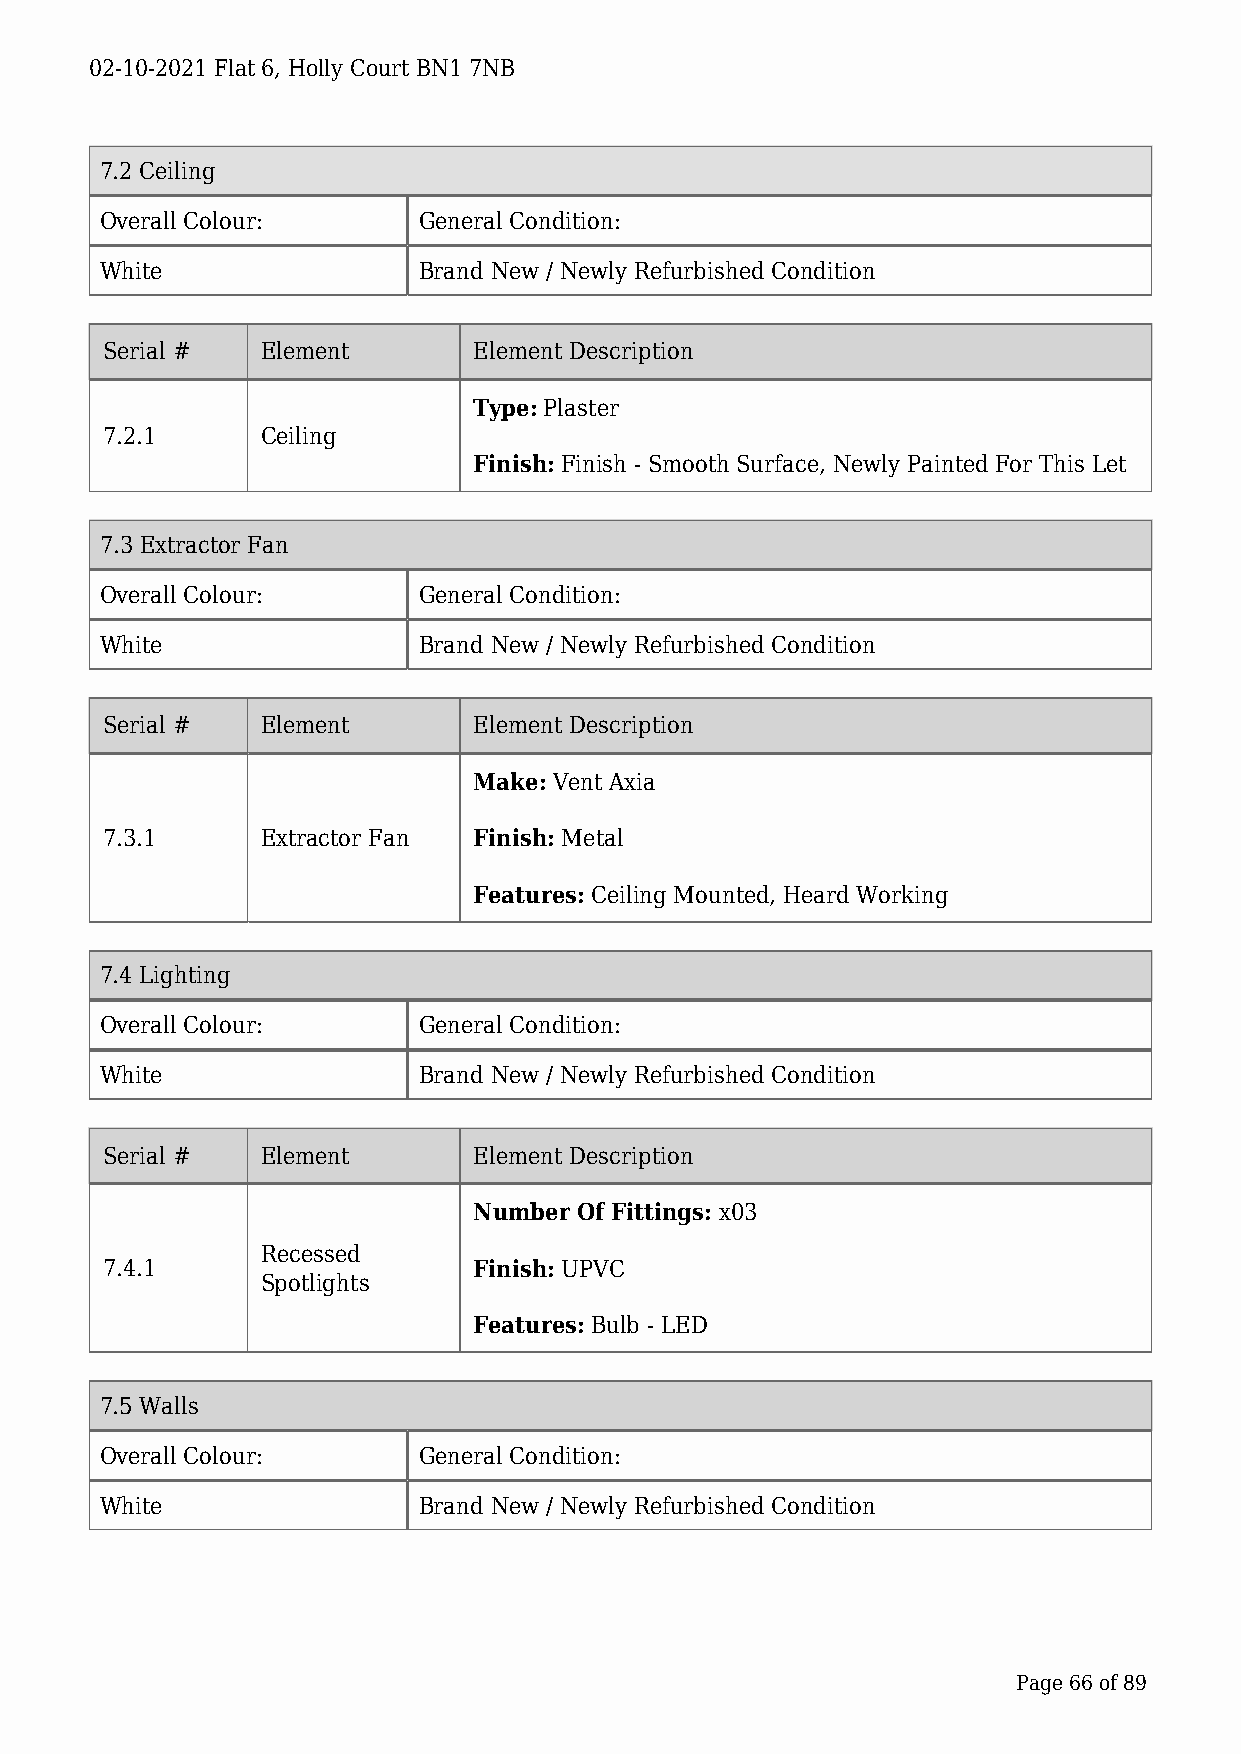
02-10-2021 Flat 6, Holly Court BN1 7NB
 7.2 Ceiling
 Overall Colour:      General Condition:
 White                Brand New / Newly Refurbished Condition
 Serial #  Element       Element Description
 Type: Plaster
 7.2.1     Ceiling
 Finish: Finish - Smooth Surface, Newly Painted For This Let
 7.3 Extractor Fan
 Overall Colour:      General Condition:
 White                Brand New / Newly Refurbished Condition
 Serial #  Element       Element Description
 Make: Vent Axia
 7.3.1     Extractor Fan Finish: Metal
 Features: Ceiling Mounted, Heard Working
 7.4 Lighting
 Overall Colour:      General Condition:
 White                Brand New / Newly Refurbished Condition
 Serial #  Element       Element Description
 Number Of Fittings: x03
 Recessed
 7.4.1                   Finish: UPVC
 Spotlights
 Features: Bulb - LED
 7.5 Walls
 Overall Colour:      General Condition:
 White                Brand New / Newly Refurbished Condition
 Page 66 of 89